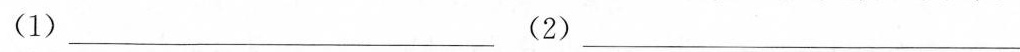
(1)___(2)___